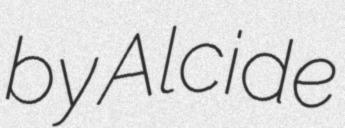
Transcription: by Alcide